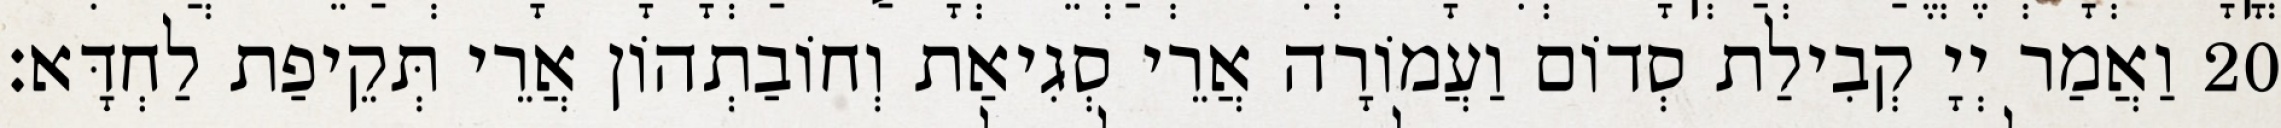
20 וַאֲמַר יְיָ קְבִילַת סְדוֹם וַעֲמוֹרָה אֲרֵי סְגִיאַת וְחוֹבַתְהוֹן אֲרֵי תְּקֵיפַת לַחְדָּא׃